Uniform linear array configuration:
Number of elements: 24
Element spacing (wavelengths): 0.75
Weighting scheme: uniform
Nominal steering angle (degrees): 0
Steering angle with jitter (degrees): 0.3055
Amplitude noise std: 0.05
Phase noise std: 0.05

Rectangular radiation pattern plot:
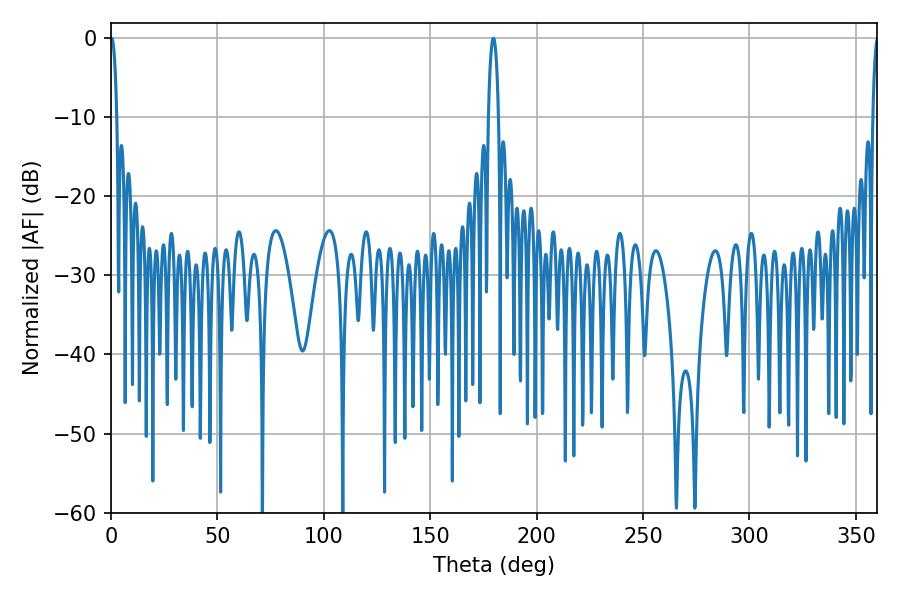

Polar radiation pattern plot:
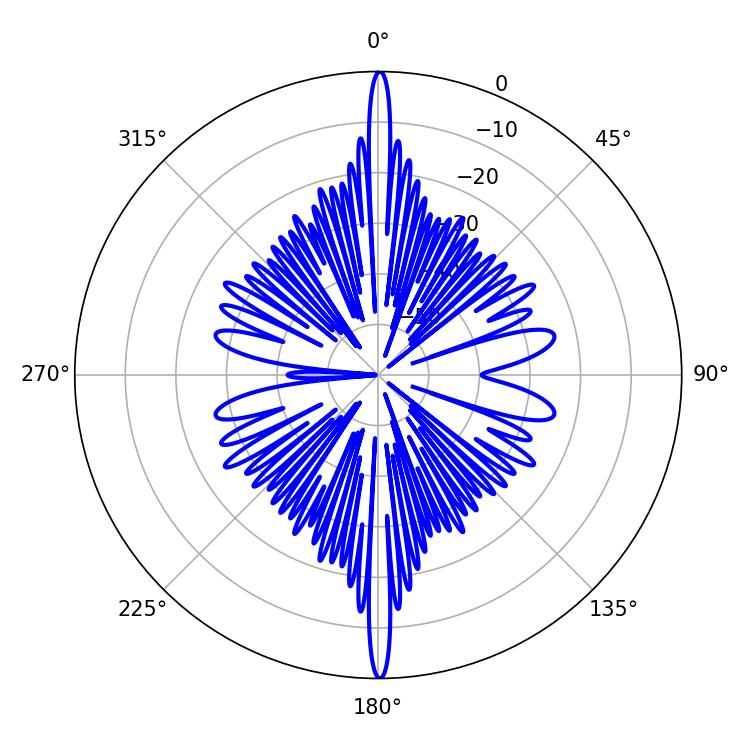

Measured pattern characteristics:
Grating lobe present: TRUE
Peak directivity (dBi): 32.935
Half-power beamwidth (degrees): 1.62
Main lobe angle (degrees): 0.36